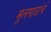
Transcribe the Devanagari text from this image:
मूलपाठांचे